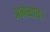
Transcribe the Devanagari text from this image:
अनध्याय।